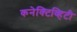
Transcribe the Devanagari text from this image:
कनेक्टिव्हिटी